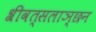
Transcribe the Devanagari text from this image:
श्रीवत्सलाञ्छन